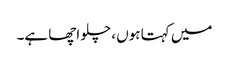
میں کہتا ہوں ، چلو اچھا ہے۔